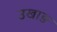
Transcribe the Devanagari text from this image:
उखाङ